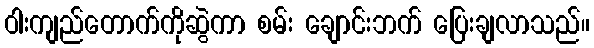
ဝါးကျည်တောက်ကိုဆွဲကာ စမ်း ချောင်းဘက် ပြေးချလာသည်။